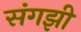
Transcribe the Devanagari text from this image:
संगझी